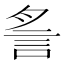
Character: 䚻